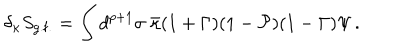
LaTeX: \delta _ { \kappa } S _ { \mathrm { g . f . } } = \int d ^ { p + 1 } \sigma \; \bar { \kappa } ( 1 + \Gamma ) ( 1 - { \cal P } ) ( 1 - \Gamma ) \Psi \, .